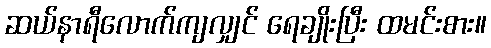
ဆယ်နာရီလောက်ကျလျှင် ရေချိုးပြီး ထမင်းစား။